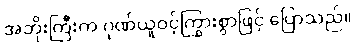
အဘိုးကြီးက ဂုဏ်ယူဝင့်ကြွားစွာဖြင့် ပြောသည်။